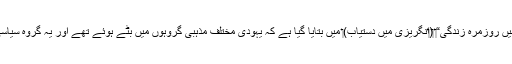
‏ کتاب ‏”‏زمانۂ‌مسیح کے دوران فلستین میں روزمرہ زندگی“‏ ‏(‏انگریزی میں دستیاب)‏ میں بتایا گیا ہے کہ یہودی مختلف مذہبی گروہوں میں بٹے ہوئے تھے اور یہ گروہ سیاسی جماعتوں جیسا کردار ادا کرتے تھے۔